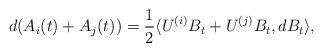
LaTeX: \begin{align*}& d (A_{i} (t) + A_{j} (t) ) = \frac{1}{2} \langle U^{(i)} B_{t} + U^{(j)} B_{t}, dB_{t} \rangle,\end{align*}